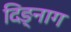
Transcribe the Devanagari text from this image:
दिङ्‌नाग